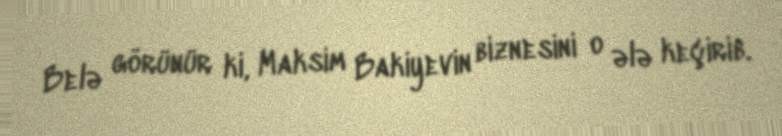
Belə görünür ki, Maksim Bakiyevin biznesini o ələ keçirib.